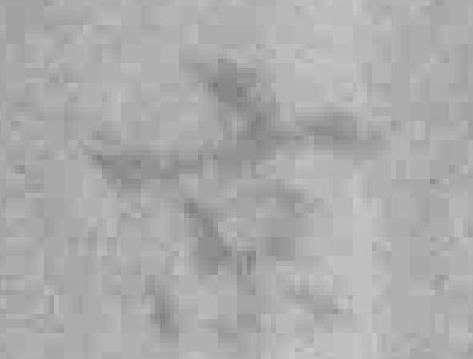
京